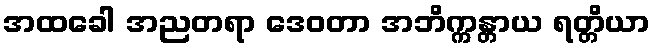
အထခေါ အညတရာ ဒေဝတာ အဘိက္ကန္တာယ ရတ္တိယာ